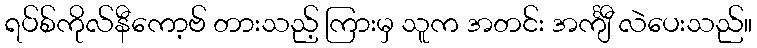
ရပ်စ်ကိုလ်နီကော့ဗ် တားသည့် ကြားမှ သူက အတင်း အင်္ကျီ လဲပေးသည်။